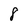
Character: 8